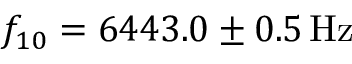
f _ { 1 0 } = 6 4 4 3 . 0 \pm 0 . 5 \, \mathrm { H z }